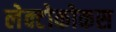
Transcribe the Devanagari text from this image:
लेक्टोकोकस